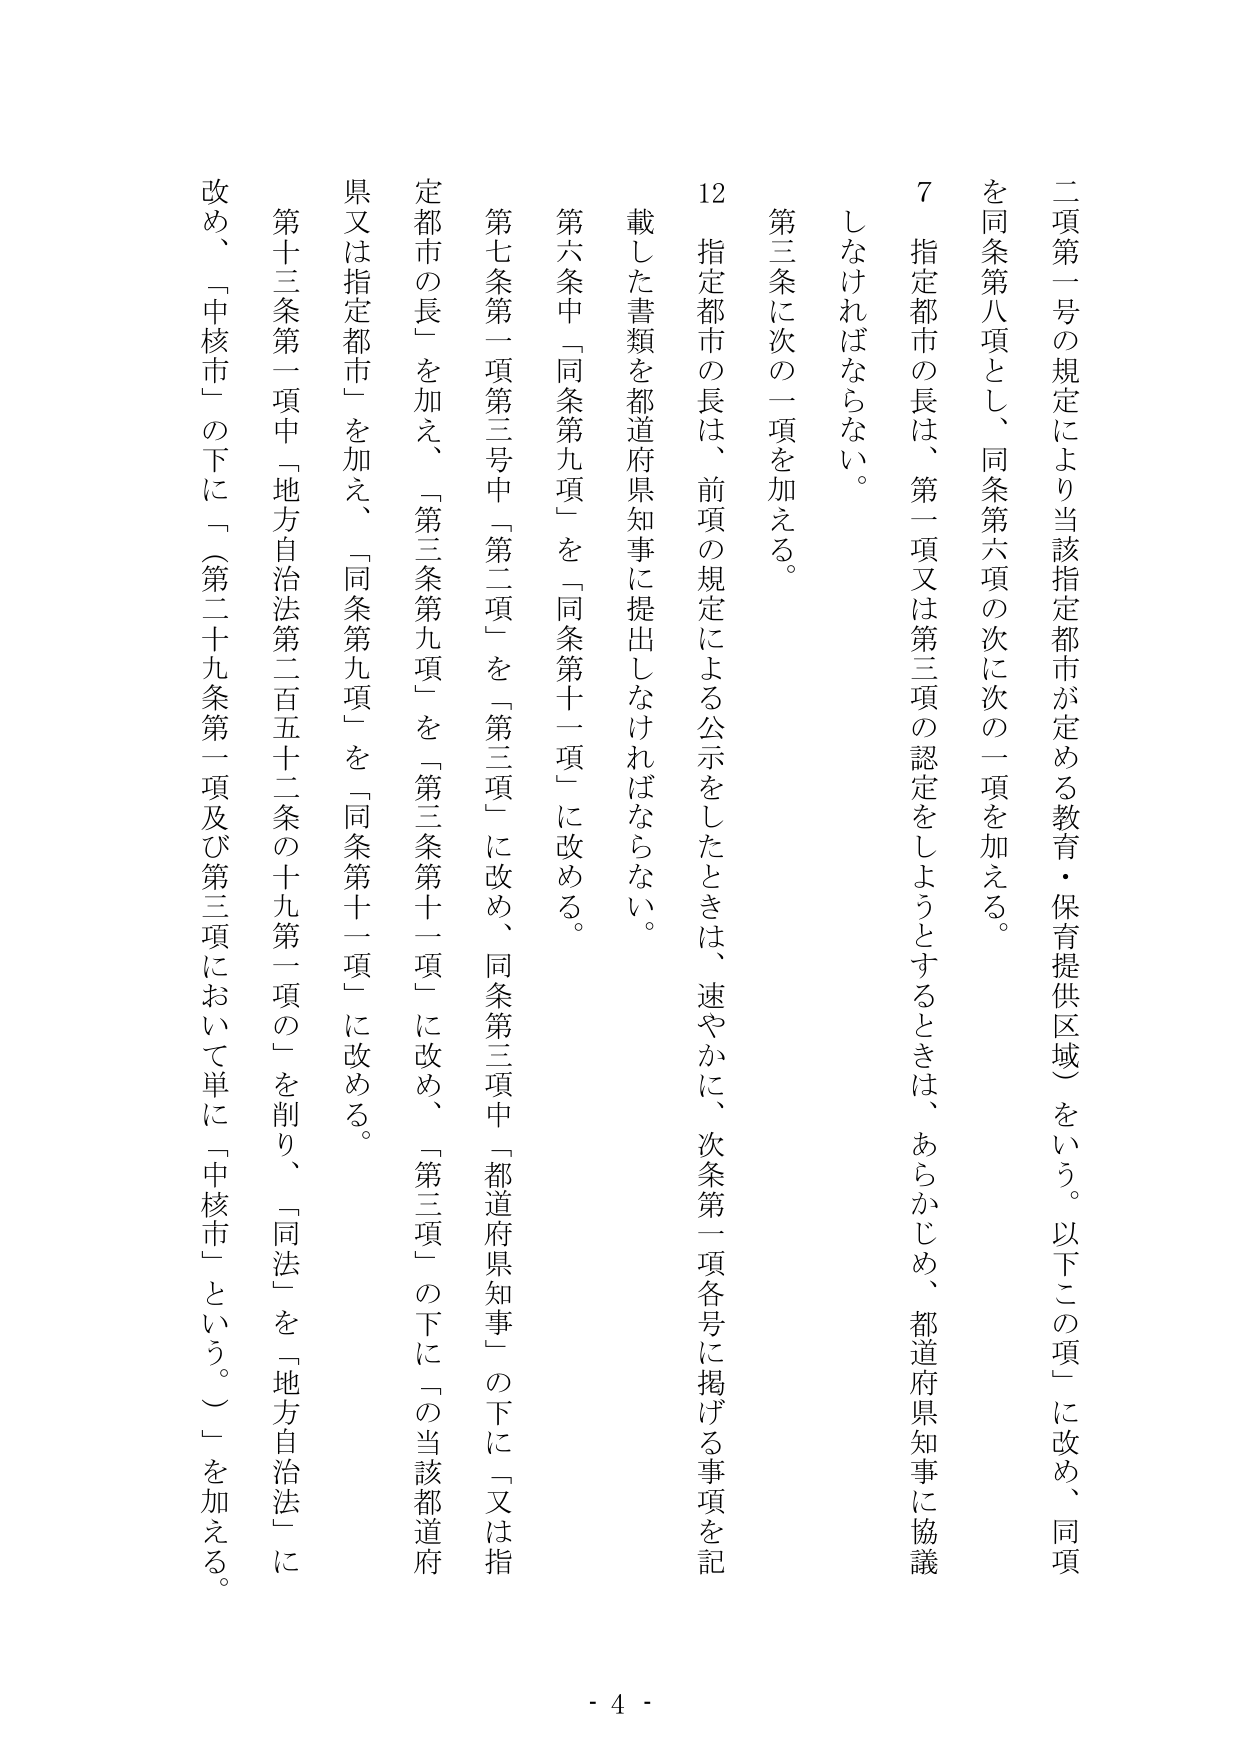
二項第一号の規定により当該指定都市が定める教育・保育提供区域）をいう。以下この項」に改め、同項
を同条第八項とし、同条第六項の次に次の一項を加える。
7 指定都市の長は、第一項又は第三項の認定をしようとするときは、あらかじめ、都道府県知事に協議
しなければならない。
第三条に次の一項を加える。
12 指定都市の長は、前項の規定による公示をしたときは、速やかに、次条第一項各号に掲げる事項を記
載した書類を都道府県知事に提出しなければならない。
第六条中「同条第九項」を「同条第十一項」に改める。
第七条第一項第三号中「第二項」を「第三項」に改め、同条第三項中「都道府県知事」の下に「又は指
定都市の長」を加え、「第三条第九項」を「第三条第十一項」に改め、「第三項」の下に「の当該都道府
県又は指定都市」を加え、「同条第九項」を「同条第十一項」に改める。
第十三条第一項中「地方自治法第二百五十二条の十九第一項の」を削り、「同法」を「地方自治法」に
改め、「中核市」の下に「（第二十九条第一項及び第三項において単に「中核市」という。）」を加える。
- 4 -